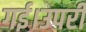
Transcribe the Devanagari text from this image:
गई।उपरी